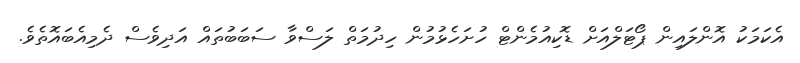
އެކަމަކު އޮންލައިން ޕޯޓަލްއަށް ޑޮކިއުމެންޓް ހުށަހެޅުމުން ހިދުމަތް ލަސްވާ ސަބަބުތައް އަދިވެސް ދެމިއެބައޮތެވެ.